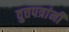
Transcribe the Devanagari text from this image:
वुत्तपत्रांनी